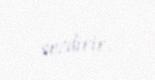
sezdirir.